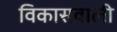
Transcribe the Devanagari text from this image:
विकासवाली